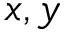
x , y